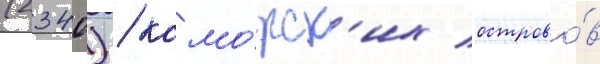
(2340) / комо́рск'их острово́в